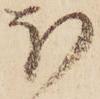
ほ